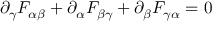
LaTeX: \partial _ { \gamma } F _ { \alpha \beta } + \partial _ { \alpha } F _ { \beta \gamma } + \partial _ { \beta } F _ { \gamma \alpha } = 0